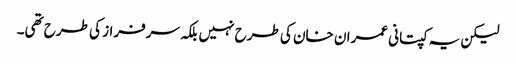
لیکن یہ کپتانی عمران خان کی طرح نہیں بلکہ سرفراز کی طرح تھی۔